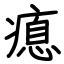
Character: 瘜